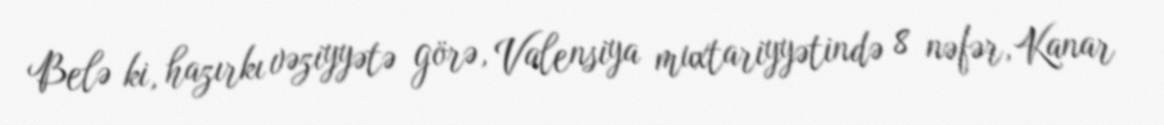
Belə ki, hazırkı vəziyyətə görə, Valensiya muxtariyyətində 8 nəfər, Kanar